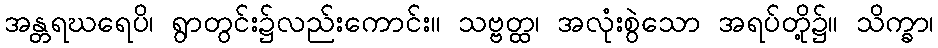
အန္တရဃရေပိ၊ ရွာတွင်း၌လည်းကောင်း။ သဗ္ဗတ္ထ၊ အလုံးစွဲသော အရပ်တို့၌။ သိက္ခာ၊